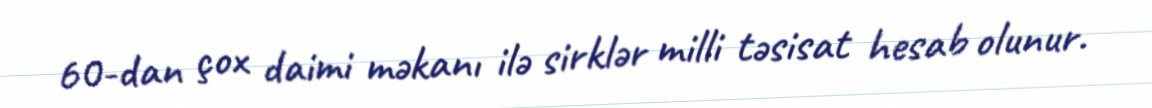
60-dan çox daimi məkanı ilə sirklər milli təsisat hesab olunur.